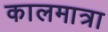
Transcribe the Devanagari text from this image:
कालमात्रा